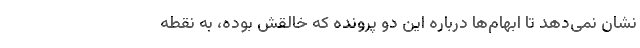
نشان نمی‌دهد تا ابهام‌ها درباره این دو پرونده که خالقش بوده، به نقطه